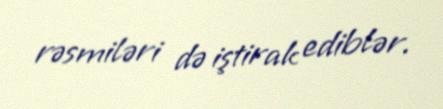
rəsmiləri də iştirak ediblər.